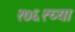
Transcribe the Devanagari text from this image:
१७६१च्या